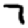
Digit: 7